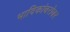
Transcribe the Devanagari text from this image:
भाविकांबरोबर